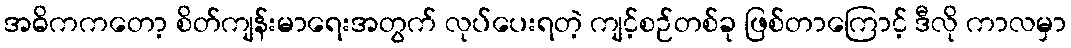
အဓိကကတော့ စိတ်ကျန်းမာရေးအတွက် လုပ်ပေးရတဲ့ ကျင့်စဉ်တစ်ခု ဖြစ်တာကြောင့် ဒီလို ကာလမှာ